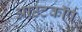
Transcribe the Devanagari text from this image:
आउटकॉर्प